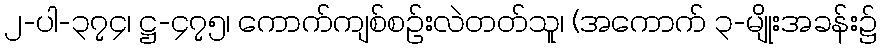
၂-ပါ-၃၇၄၊ ဋ္ဌ-၄၇၅၊ ကောက်ကျစ်စဉ်းလဲတတ်သူ၊ (အကောက် ၃-မျိုးအခန်း၌